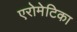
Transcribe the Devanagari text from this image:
एरोमेटिका